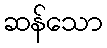
ဆန်သော